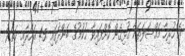
އެ ހުރިހާ މައްސަލަތަކާ ގުޅިގެން ކޮށްފައިވާ ޙުކުމުގެ ބަންދުގައި 45 އަހަރާއި ހަތަރު